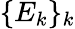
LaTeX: \{ E_{k}\} _{k}